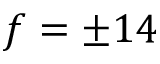
f = \pm 1 4